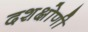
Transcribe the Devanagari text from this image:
दशक्षोणी